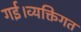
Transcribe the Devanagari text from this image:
गई।व्यक्तिगत